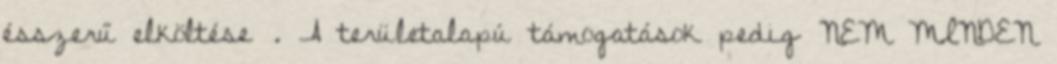
ésszerű elköltése . A területalapú támogatások pedig NEM MINDEN